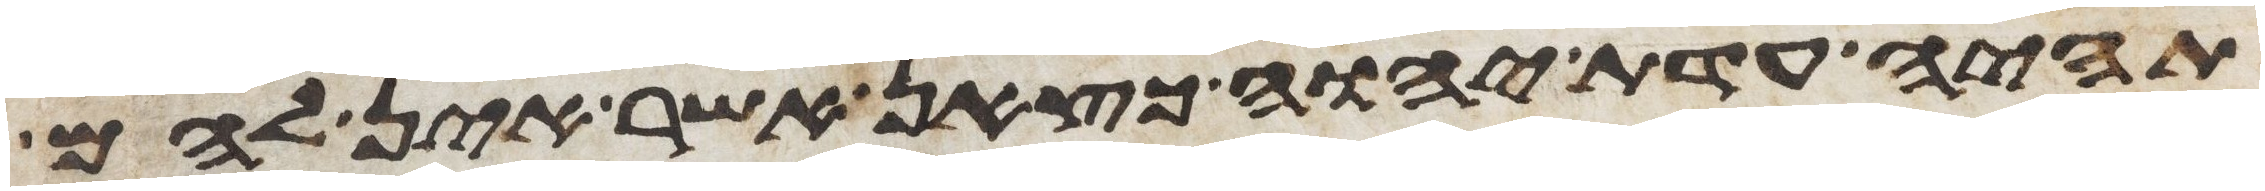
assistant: תהיה עדת יהוה כצאן אשר אין להם